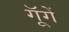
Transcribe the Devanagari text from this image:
गूॅगें